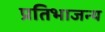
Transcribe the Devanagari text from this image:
प्रतिभाजन्य